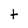
Character: t